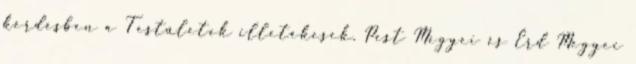
kérdésben a Testületek illetékesek. Pest Megyei és Érd Megyei